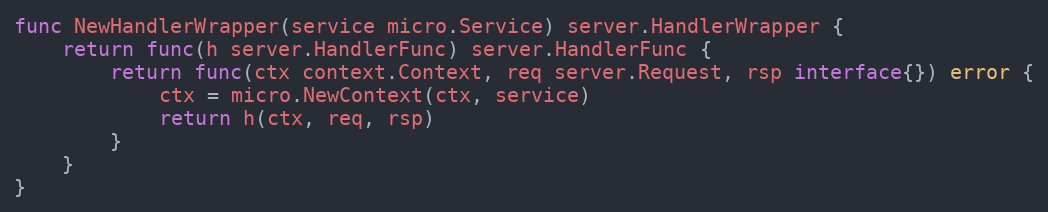
Language: Go
func NewHandlerWrapper(service micro.Service) server.HandlerWrapper {
	return func(h server.HandlerFunc) server.HandlerFunc {
		return func(ctx context.Context, req server.Request, rsp interface{}) error {
			ctx = micro.NewContext(ctx, service)
			return h(ctx, req, rsp)
		}
	}
}